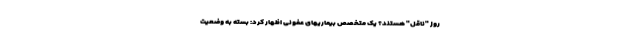
روز "ناقل" هستند؟ یک متخصص بیماریهای عفونی اظهار کرد: بسته به وضعیت